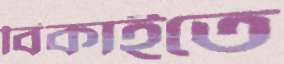
বিকাইতে